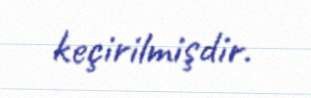
keçirilmişdir.